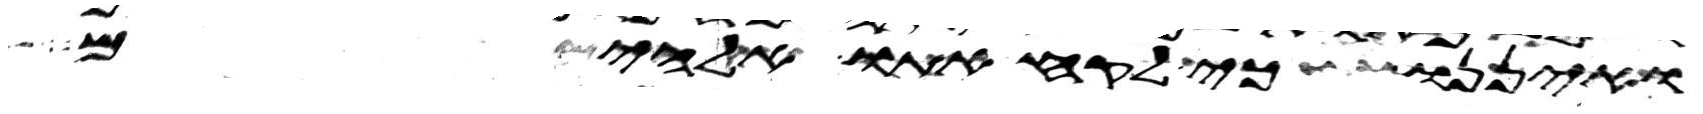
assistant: ואיננו כי לקח אתו אלהים